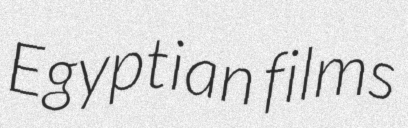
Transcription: Egyptian films